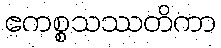
ဧကစ္စသဿတိကာ